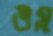
ভস